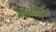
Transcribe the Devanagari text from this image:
आचार्यही